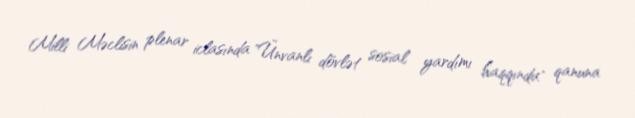
Milli Məclisin plenar iclasında "Ünvanlı dövlət sosial yardımı haqqında" qanuna